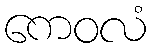
ကေဝလံ